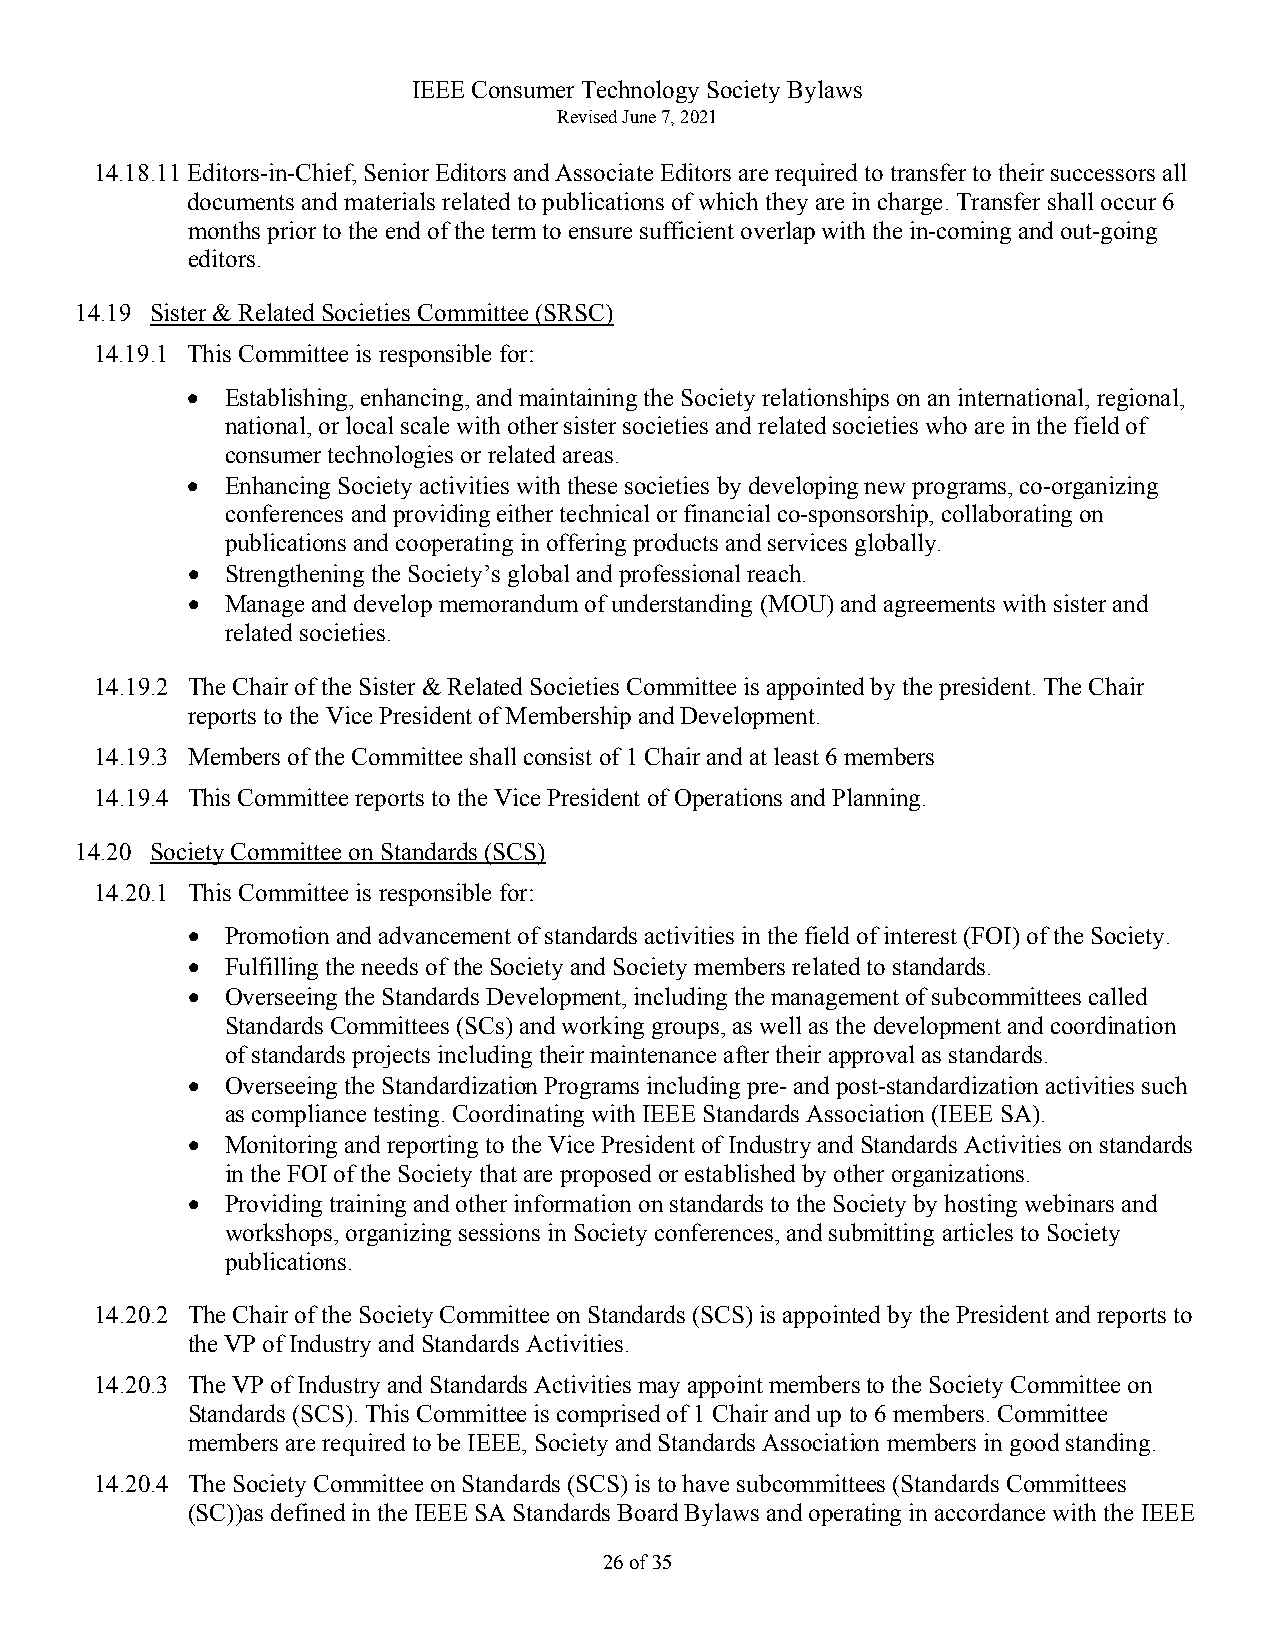
IEEE Consumer Technology Society Bylaws
 Revised June 7, 2021
 14.18.11 Editors-in-Chief, Senior Editors and Associate Editors are required to transfer to their successors all
 documents and materials related to publications of which they are in charge. Transfer shall occur 6
 months prior to the end of the term to ensure sufficient overlap with the in-coming and out-going
 editors.
 14.19 Sister & Related Societies Committee (SRSC)
 14.19.1 This Committee is responsible for:
 •  Establishing, enhancing, and maintaining the Society relationships on an international, regional,
 national, or local scale with other sister societies and related societies who are in the field of
 consumer technologies or related areas.
 •  Enhancing Society activities with these societies by developing new programs, co-organizing
 conferences and providing either technical or financial co-sponsorship, collaborating on
 publications and cooperating in offering products and services globally.
 •  Strengthening the Society’s global and professional reach.
 •  Manage and develop memorandum of understanding (MOU) and agreements with sister and
 related societies.
 14.19.2 The Chair of the Sister & Related Societies Committee is appointed by the president. The Chair
 reports to the Vice President of Membership and Development.
 14.19.3 Members of the Committee shall consist of 1 Chair and at least 6 members
 14.19.4 This Committee reports to the Vice President of Operations and Planning.
 14.20 Society Committee on Standards (SCS)
 14.20.1 This Committee is responsible for:
 •  Promotion and advancement of standards activities in the field of interest (FOI) of the Society.
 •  Fulfilling the needs of the Society and Society members related to standards.
 •  Overseeing the Standards Development, including the management of subcommittees called
 Standards Committees (SCs) and working groups, as well as the development and coordination
 of standards projects including their maintenance after their approval as standards.
 •  Overseeing the Standardization Programs including pre- and post-standardization activities such
 as compliance testing. Coordinating with IEEE Standards Association (IEEE SA).
 •  Monitoring and reporting to the Vice President of Industry and Standards Activities on standards
 in the FOI of the Society that are proposed or established by other organizations.
 •  Providing training and other information on standards to the Society by hosting webinars and
 workshops, organizing sessions in Society conferences, and submitting articles to Society
 publications.
 14.20.2 The Chair of the Society Committee on Standards (SCS) is appointed by the President and reports to
 the VP of Industry and Standards Activities.
 14.20.3 The VP of Industry and Standards Activities may appoint members to the Society Committee on
 Standards (SCS). This Committee is comprised of 1 Chair and up to 6 members. Committee
 members are required to be IEEE, Society and Standards Association members in good standing.
 14.20.4 The Society Committee on Standards (SCS) is to have subcommittees (Standards Committees
 (SC))as defined in the IEEE SA Standards Board Bylaws and operating in accordance with the IEEE
 26 of 35